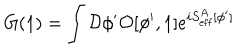
LaTeX: G ( 1 ) = \int { \cal D } \phi ^ { \prime } { \cal O } [ \phi ^ { \prime } , 1 ] e ^ { i S _ { \mathrm { e f f } } ^ { A } [ \phi ^ { \prime } ] }